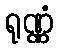
ရုဏ္ဏံ